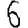
Digit: 6